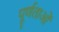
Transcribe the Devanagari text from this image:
पूर्णताओं